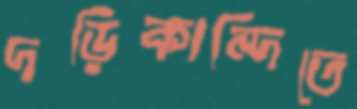
দড়িকান্দিতে